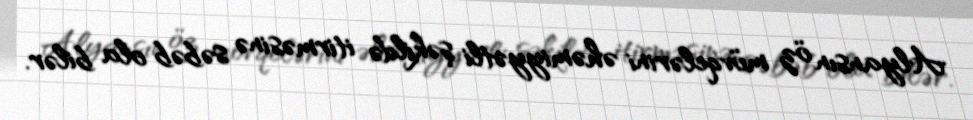
Alyansın öz mövqelərini əhəmiyyətli şəkildə itirməsinə səbəb ola bilər.